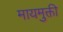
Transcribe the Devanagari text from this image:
मायमुक्ती